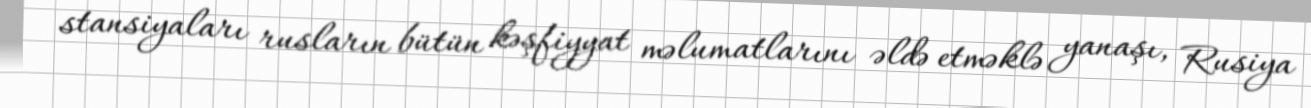
stansiyaları rusların bütün kəşfiyyat məlumatlarını əldə etməklə yanaşı, Rusiya